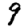
Digit: 9